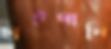
ছাইদানি